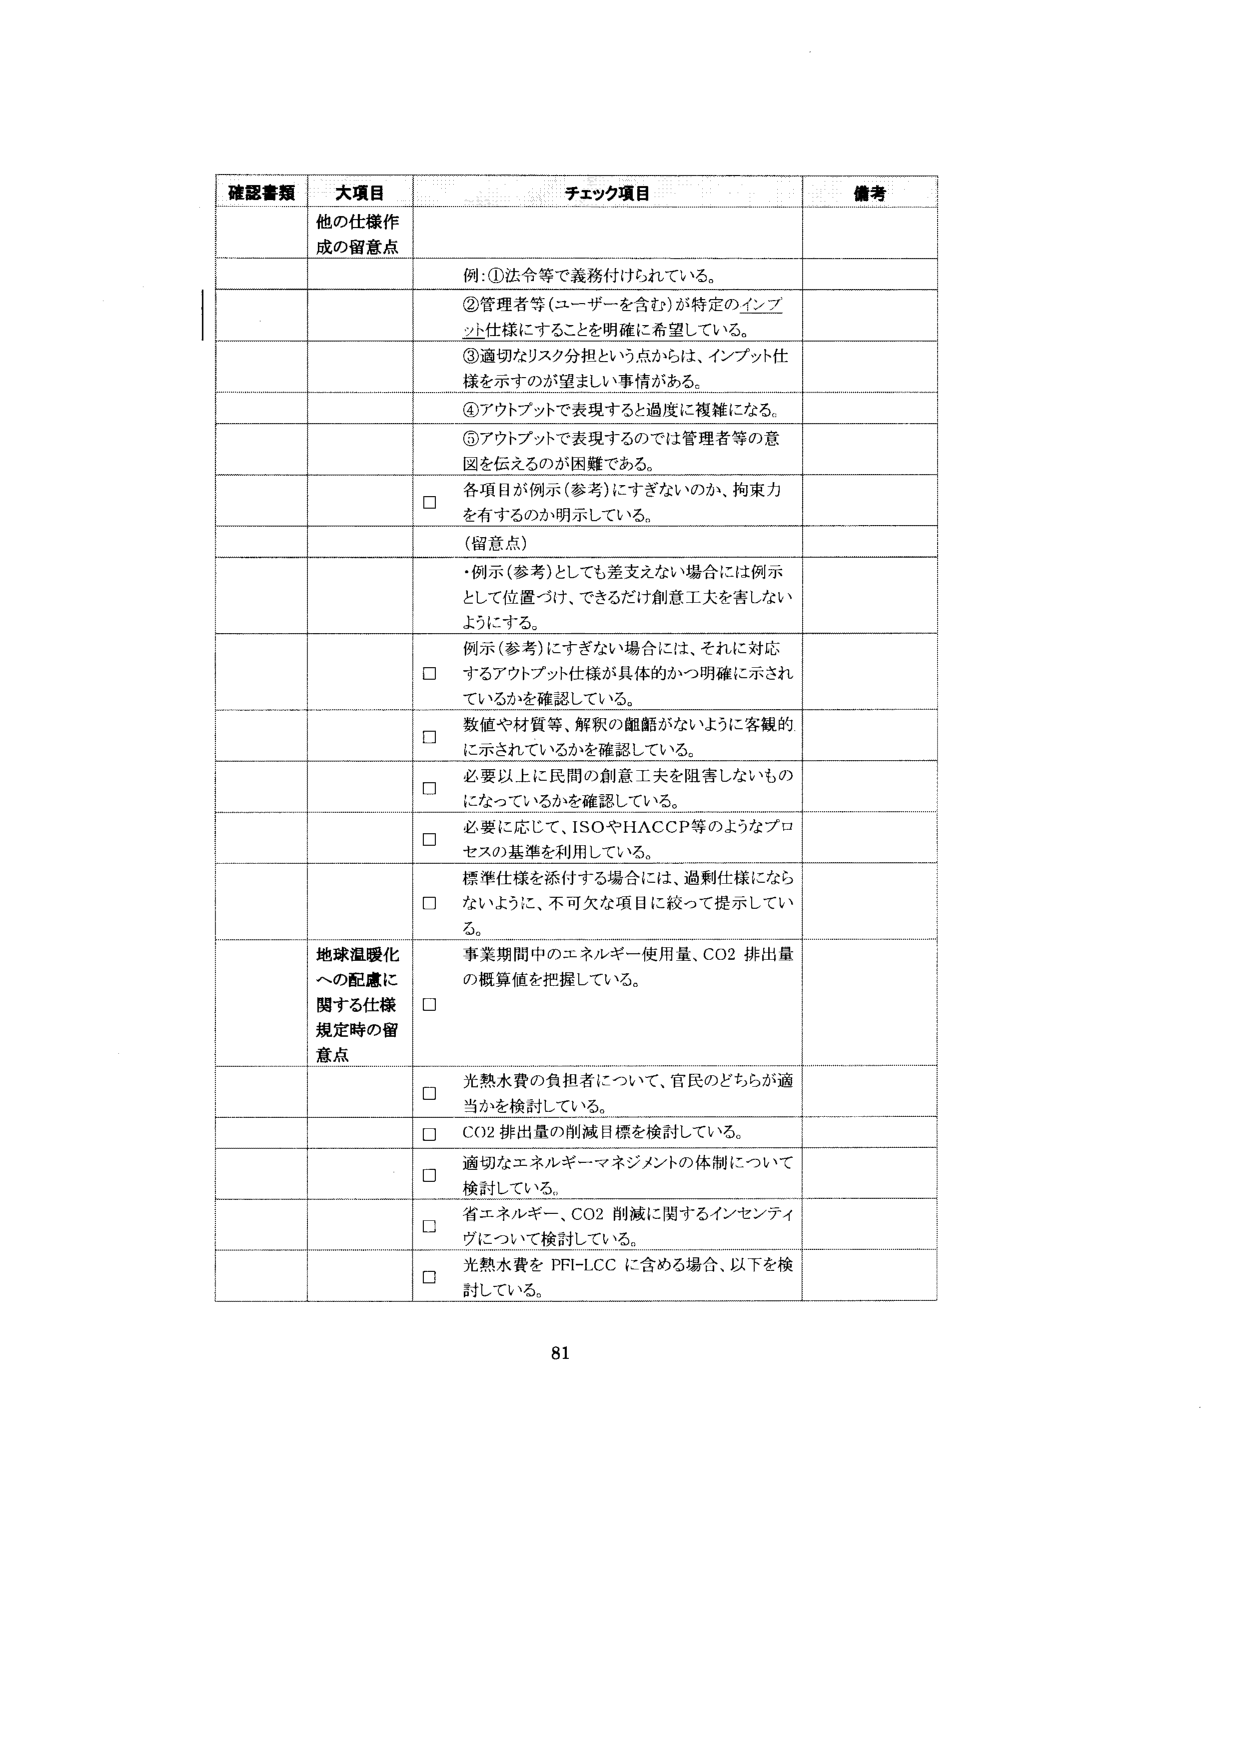
確認書類 大項目 チェック項目 備考
他の仕様作成の留意点
例：①法令等で義務付けられている。
②管理者等（ユーザーを含む）が特定のインプット仕様にすることを明確に希望している。
③適切なリスク分担という点からは、インプット仕様を示すのが望ましい事情がある。
④アウトプットで表現すると過度に複雑になる。
⑤アウトプットで表現するのでは管理者等の意図を伝えるのが困難である。
□ 各項目が例示（参考）にすぎないのか、拘束力を有するのか明示している。
（留意点）
・例示（参考）としても差支えない場合には例示として位置づけ、できるだけ創意工夫を害しないようにする。
□ 例示（参考）にすぎない場合には、それに対応するアウトプット仕様が具体的かつ明確に示されているかを確認している。
□ 数値や材質等、解釈の齟齬がないように客観的に示されているかを確認している。
□ 必要以上に民間の創意工夫を阻害しないものになっているかを確認している。
□ 必要に応じて、ISOやHACCP等のようなプロセスの基準を利用している。
□ 標準仕様を添付する場合には、過剰仕様にならないように、不可欠な項目に絞って提示している。
地球温暖化への配慮に関する仕様規定時の留意点
□ 事業期間中のエネルギー使用量、CO2排出量の概算値を把握している。
□ 光熱水費の負担者について、官民のどちらが適当かを検討している。
□ CO2排出量の削減目標を検討している。
□ 適切なエネルギーマネジメントの体制について検討している。
□ 省エネルギー、CO2削減に関するインセンティブについて検討している。
□ 光熱水費をPFI-LCCに含める場合、以下を検討している。
81